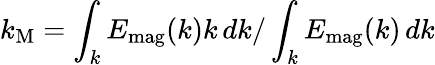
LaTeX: k_{\mathrm{M}}=\int_{k}E_{\mathrm{mag}}(k)k\, dk/\int_{k}E_{\mathrm{mag}}(k)\, dk